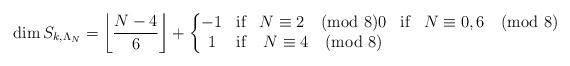
LaTeX: \begin{align*}\dim S_{k,\Lambda_N}=\left\lfloor \frac{N-4}{6}\right\rfloor+\left\{\begin{matrix}-1&\textrm{if}&N\equiv 2 \pmod 80&\textrm{if}&N\equiv 0,6 \pmod 8\\1&\textrm{if}&N\equiv 4 \pmod 8\end{matrix}\right.\end{align*}